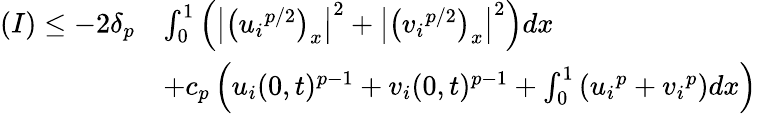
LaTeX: \begin{array}{rl}{(I)\le-2\delta_{p}}&{\int_{0}^{1}\left(\left|\left({u_{i}}^{p/2}\right)_{x}\right|^{2}+\left|\left({v_{i}}^{p/2}\right)_{x}\right|^{2}\right)dx}\\ &{+c_{p}\left(u_{i}(0,t)^{p-1}+v_{i}(0,t)^{p-1}+\int_{0}^{1}\left({u_{i}}^{p}+{v_{i}}^{p}\right)dx\right)}\end{array}